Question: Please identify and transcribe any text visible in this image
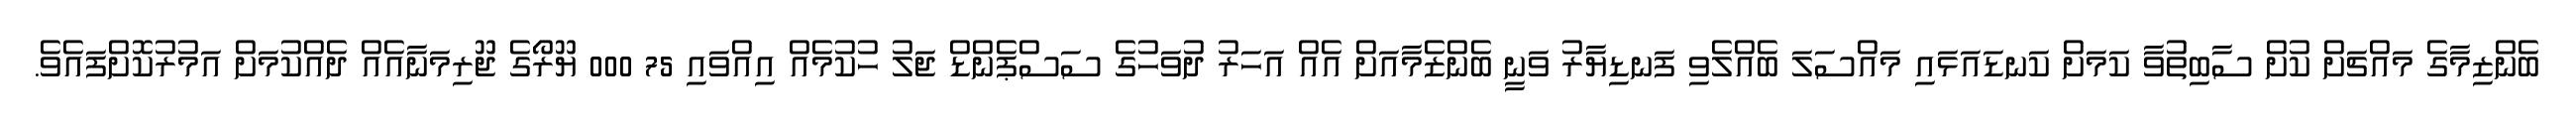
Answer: ބެންޒިމާގެ މައްޗަށް ކުށް ސާބިތުވާ ކަމަށް ކަނޑައަޅައި މައްސަލަ ބެއްލެވި ފަނޑިޔާރު ވަނީ ބެންޒެމާއަށް އެއް އަހަރު ދުވަހުގެ ސަސްޕެންޑް ޖަލު ހުކުމެއް އިއްވައި 75 000 ޔޫރޯގެ ޖޫރިމަނާއެއް ދެއްކުމަށް އަމުރުކޮށްފައެވެ.